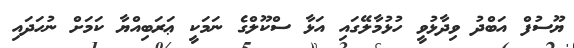
ޔޫސުފް އަބްދު ވިދާޅުވީ ހުޅުމާލޭގައި އަޅާ ސްކޫލްގެ ނަމަކީ ޢަރަބިއްޔާ ކަމަށް ނުހަދައި